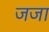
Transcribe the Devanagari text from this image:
जजा